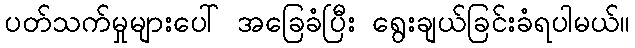
ပတ်သက်မှုများပေါ် အခြေခံပြီး ရွေးချယ်ခြင်းခံရပါမယ်။